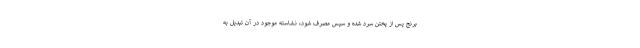
برنج پس از پختن سرد شده و سپس مصرف شود، نشاسته موجود در آن تبدیل به